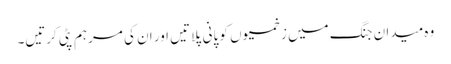
وہ میدان جنگ میں زخمیوں کو پانی پلاتیں اور ان کی مرہم پٹی کرتیں۔